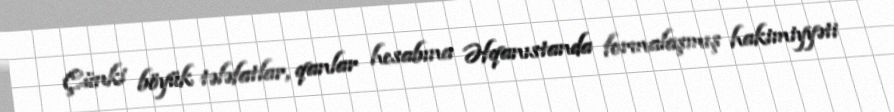
Çünki böyük tələfatlar, qanlar hesabına Əfqanıstanda formalaşmış hakimiyyəti